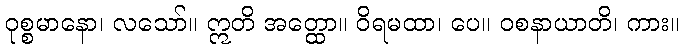
ဝုစ္စမာနော၊ လသော်။ ဣတိ အတ္ထော။ ဝိရမထာ၊ ပေ။ ဝစနာယာတိ၊ ကား။